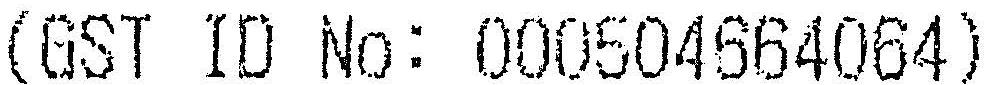
(GST ID NO: 000504664064)